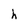
Character: h